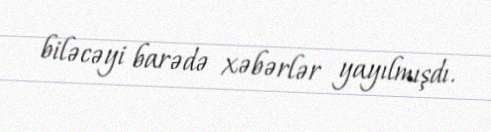
biləcəyi barədə xəbərlər yayılmışdı.